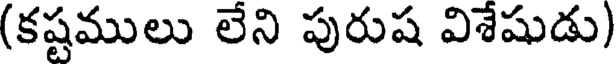
(కష్టములు లేని పురుష విశేషుడు)